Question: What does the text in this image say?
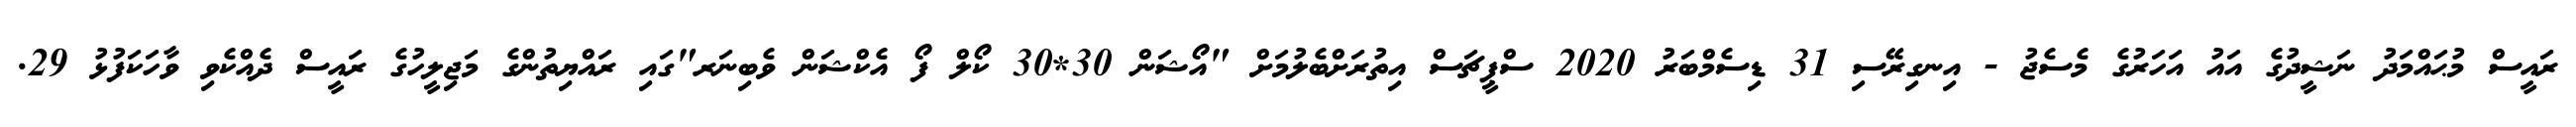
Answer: ރައީސް މުޙައްމަދު ނަޝީދުގެ އައު އަހަރުގެ މެސެޖު - އިނގިރޭސި 31 ޑިސެމްބަރު 2020 ސްޕީޗަސް އިތުރަށްބެލުމަށް "އޯޝަން 30*30 ކޯލް ފޯ އެކްޝަން ވެބިނަރ"ގައި ރައްޔިތުންގެ މަޖިލީހުގެ ރައީސް ދެއްކެވި ވާހަކަފުޅު 29.